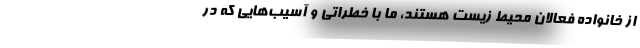
از خانواده فعالان محیط زیست هستند، ما با خطراتی و آسیب‌هایی که در